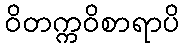
ဝိတက္ကဝိစာရာပိ